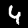
Label: 4